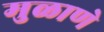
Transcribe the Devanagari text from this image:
मुळाणे